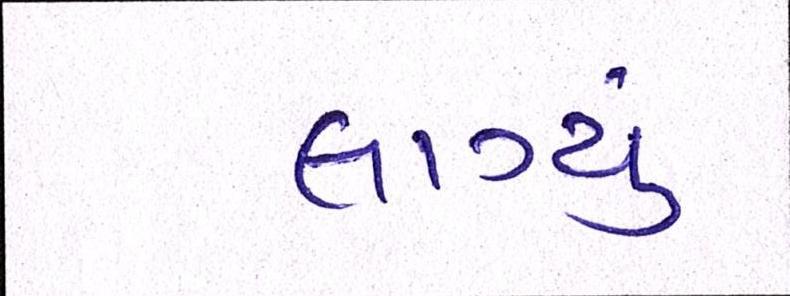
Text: લાગ્યું